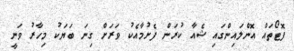
ފޮޓޯތައް އޮންލައިންގައި ޝެއާ ކުރަން ފެށުމާއެކު ވަރަށް ގިނަ ބަޔަކު މިހާރު ވަނީ